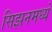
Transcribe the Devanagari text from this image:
सिझनमध्ये